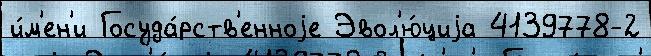
и́м'ен'и Госуда́рств'енноjе Эвол'ю́циjа 4139778-2